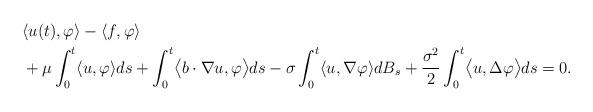
LaTeX: \begin{align*}& \langle u(t),\varphi \rangle - \langle f,\varphi\rangle \\& + \mu\int_0^t \langle u,\varphi \rangle ds + \int_0^t \bigl \langle b \cdot \nabla u,\varphi \bigr\rangle ds - \sigma \int_0^t \langle u,\nabla \varphi \rangle dB_s + \frac{\sigma^2}{2}\int_0^t \bigl\langle u, \Delta \varphi\bigr\rangle ds =0 .\end{align*}